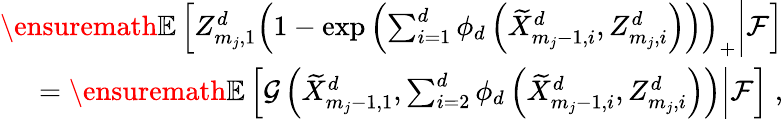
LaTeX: \begin{array}{r}{\ensuremath{\mathbb{E}\left[Z_{m_{j},1}^{d}\left(1-\exp\left(\sum_{i=1}^{d}\phi_{d}\left(\widetilde{X}_{m_{j}-1,i}^{d},Z_{m_{j},i}^{d}\right)\right)\right)_{+}\middle|\mathcal{F}\right]}}\\ {=\ensuremath{\mathbb{E}\left[\mathcal{G}\left(\widetilde{X}_{m_{j}-1,1}^{d},\sum_{i=2}^{d}\phi_{d}\left(\widetilde{X}_{m_{j}-1,i}^{d},Z_{m_{j},i}^{d}\right)\right)\middle|\mathcal{F}\right]}\; ,}\end{array}